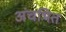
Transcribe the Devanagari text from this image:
अंचभित